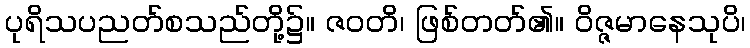
ပုရိသပညတ်စသည်တို့၌။ ဇဝတိ၊ ဖြစ်တတ်၏။ ဝိဇ္ဇမာနေသုပိ၊